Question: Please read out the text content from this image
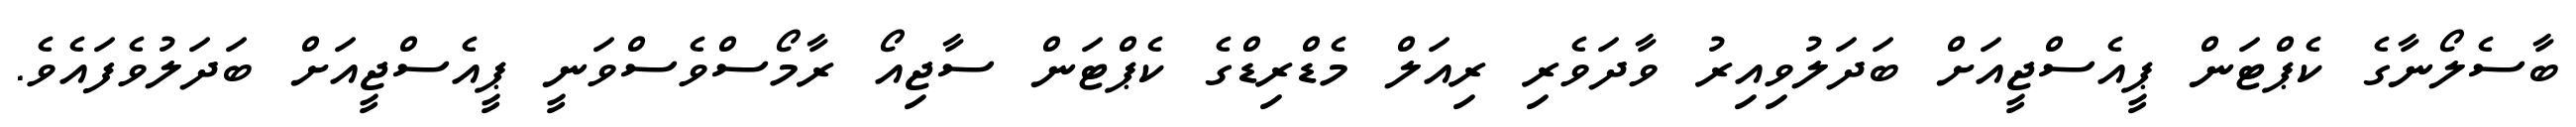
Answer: ބާސެލޯނާގެ ކެޕްޓަން ޕީއެސްޖީއަށް ބަދަލުވިއިރު ވާދަވެރި ރިއަލް މެޑްރިޑްގެ ކެޕްޓަން ސާޖިއޯ ރާމޯސްވެސްވަނީ ޕީއެސްޖީއަށް ބަދަލުވެފައެވެ.